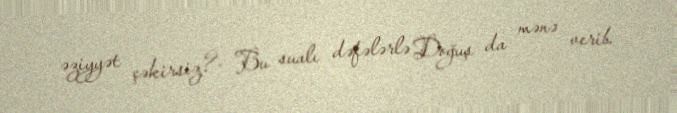
əziyyət çəkirsiz?- Bu sualı dəfələrlə Doğuş da mənə verib.